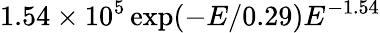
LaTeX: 1.54\times 10^{5}\exp(-E/0.29)E^{-1.54}